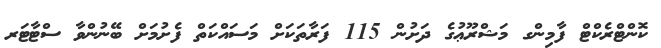
ކޮންޓްރެކްޓް ފާމިންގ މަޝްރޫޢުގެ ދަށުން 115 ފަރާތަކަށް މަސައްކަތް ފެށުމަށް ބޭނުންވާ ސްޓާޓަރ